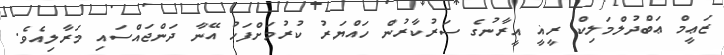
ޒަޢީމް ޢަބްދުލްމަލިކް ރީޣީ އީރާނުގެ ސަރުކާރުން ހައްޔަރު ކުރުމަށްފަހު އޭނާ ދަންޖައްސައި މަރާލިއެވެ.